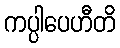
ကပ္ပါပေဟီတိ